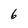
Character: 6